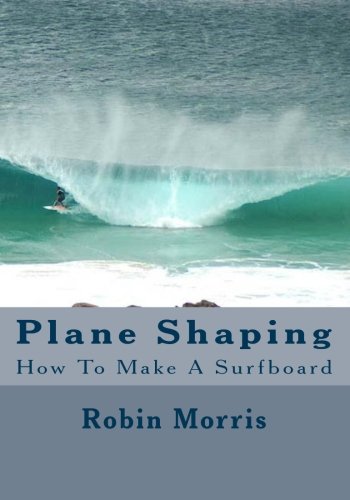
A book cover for Plane Shaping: How To Make A Surfboard; Robin Morris; Sports & Outdoors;